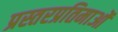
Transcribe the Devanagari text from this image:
प्रस्तरप्रतिमाओं